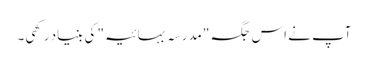
آپ نے اس جگہ "مدرسہ بہائیہ" کی بنیاد رکھی۔